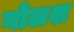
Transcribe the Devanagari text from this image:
गोलश